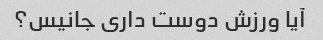
آیا ورزش دوست داری جانیس؟